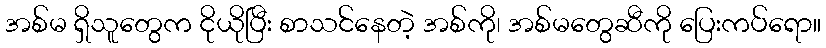
အစ်မ ရှိသူတွေက ငိုယိုပြီး စာသင်နေတဲ့ အစ်ကို၊ အစ်မတွေဆီကို ပြေးကပ်ရော။